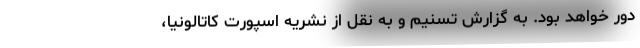
دور خواهد بود. به گزارش تسنیم و به نقل از نشریه اسپورت کاتالونیا،